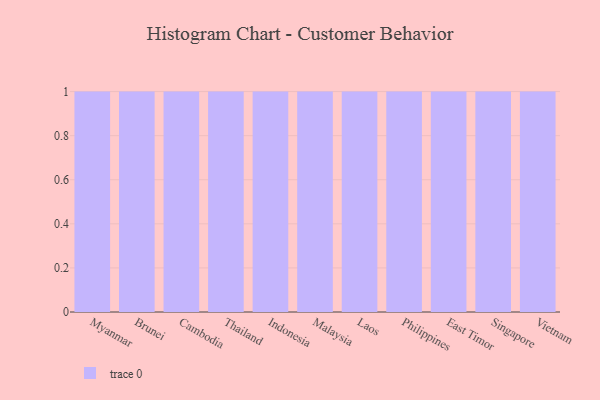
{"axis": {"x": "Country", "y": "Net Income (USD K)"}, "legend": [""], "data": [{"x": "Myanmar", "y": 32, "type": ""}, {"x": "Brunei", "y": 44, "type": ""}, {"x": "Cambodia", "y": 65, "type": ""}, {"x": "Thailand", "y": 80, "type": ""}, {"x": "Indonesia", "y": 31, "type": ""}, {"x": "Malaysia", "y": 53, "type": ""}, {"x": "Laos", "y": 28, "type": ""}, {"x": "Philippines", "y": 7, "type": ""}, {"x": "East Timor", "y": 8, "type": ""}, {"x": "Singapore", "y": 8, "type": ""}, {"x": "Vietnam", "y": 84, "type": ""}]}